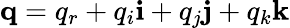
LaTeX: \mathbf{q}=q_{r}+q_{i}\mathbf{i}+q_{j}\mathbf{j}+q_{k}\mathbf{k}